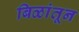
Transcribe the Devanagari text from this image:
बिळांतून